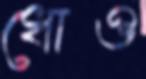
ধোও